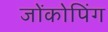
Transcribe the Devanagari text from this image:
जोंकोपिंग